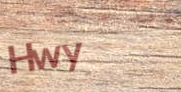
Hwy